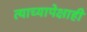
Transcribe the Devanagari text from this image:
त्याच्यापेक्षाही